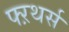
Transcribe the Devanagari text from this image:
फ्ऱथर्स